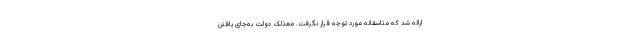
ارائه شد که متاسقانه مورد توجه قرار نگرفت. معذلک دولت به‌جای یافتن